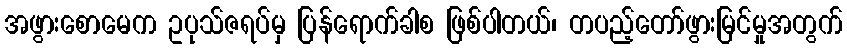
အဖွားစောမေက ဥပုသ်ဇရပ်မှ ပြန်ရောက်ခါစ ဖြစ်ပါတယ်၊ တပည့်တော်ဖွားမြင်မှုအတွက်